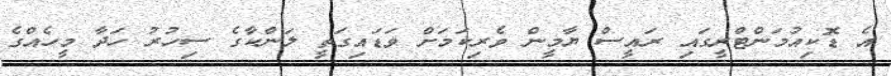
އެ ޑޮކިއުމަންޓްރީގައި ރައީސް ޔާމީން ވެރިކަމަށް ވަޑައިގަތީ ލަންކާގެ ސިހުރު ހަދާ މީހެއްގެ